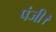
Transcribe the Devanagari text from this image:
पंजी।